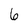
Character: 6